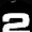
Digit: 2